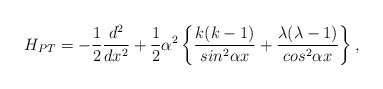
\begin{align*}H_{PT} = -\frac{1}{2}\frac{d^2}{dx^2} + \frac{1}{2}\alpha^{2}\left\{\frac{k(k-1)}{sin^{2}\alpha{x}}+ \frac{\lambda(\lambda-1)}{cos^{2}\alpha{x}}\right\},\end{align*}